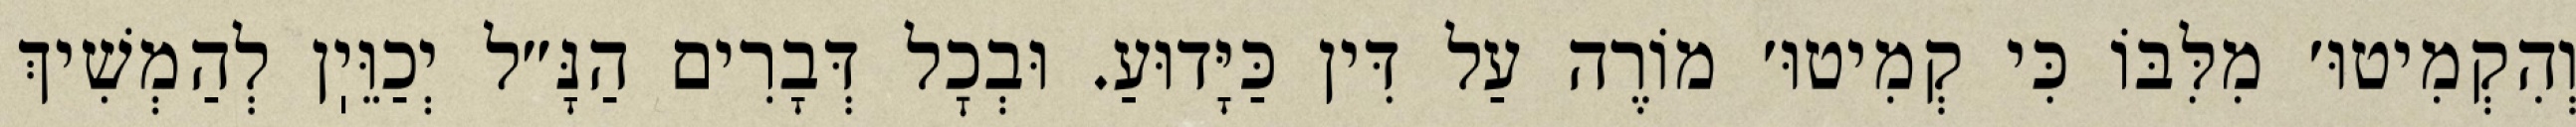
וְהִקְמִיטוּ׳ מִלִּבּוֹ כִּי קְמִיטוּ׳ מוֹרֶה עַל דִּין כַּיָּדוּעַ. וּבְכׇל דְּבָרִים הַנָּ״ל יְכַוֵּיֽן לְהַמְשִׁיךְ